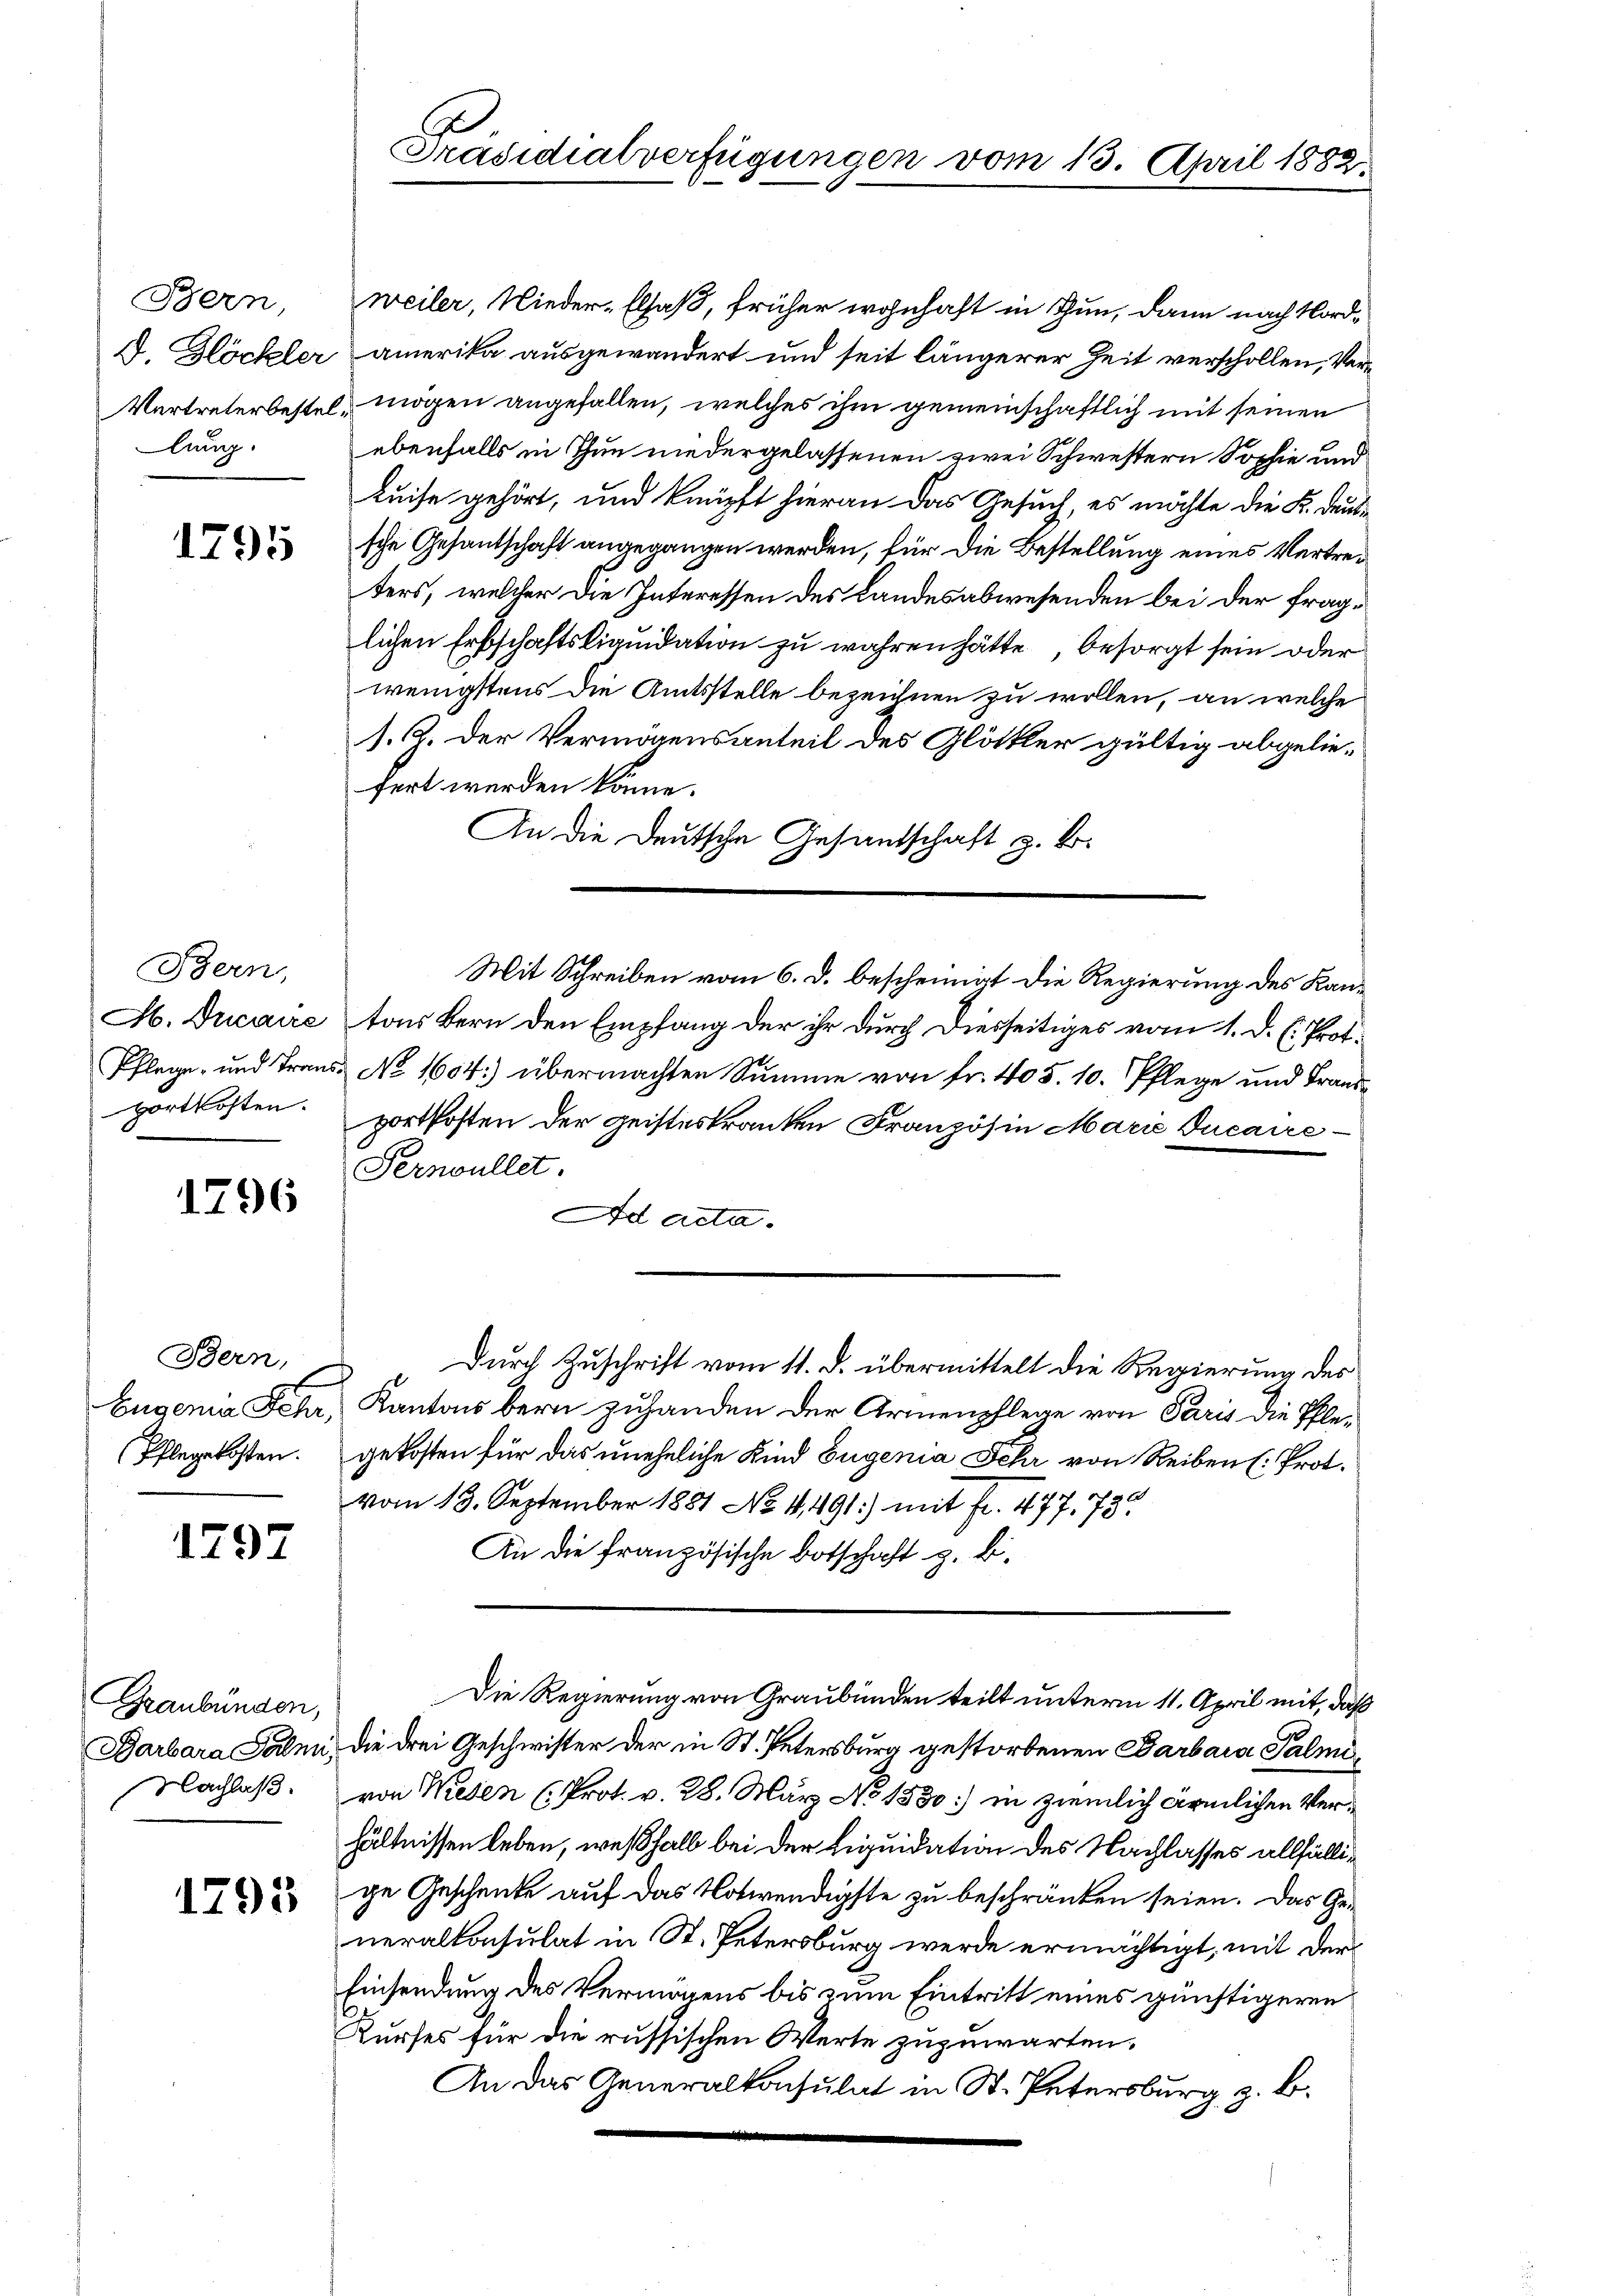
Bern,
lung.

1795

Bern,
portkosten.

1796

Bern,

1797

raubünden,
Nachlaß.

1795

weiler, Nieder-Elsaß, früher wohnhaft in Thun, dann nach Nord¬
D. Blöckler amerika ausgewandert und seit längerer Zeit verschollen, Ver¬
Vertreterbestel, mögen angefallen, welches ihm gemeinschaftlich mit seinen
ebenfalls in Thun niedergelassenen zwei Schwestern Sophie und
Luise gehört, und knüpft hieran das Gesuch, es möchte die K. Deutsche Gesandschaft angegangen werden, für die Bestellung eines Vertreters, welcher die Interessen des Landesabwesenden bei der fraglichen Erbschaftsliquidation zu wahren hätte, besorgt sein oder
wenigstens die Amtsstelle bezeichnen zu wollen, an welche
1. Z. der Vermögensanteil des Glättler gültig abgeliefert werden könne.
An die Deutsche Gesandschaft z. B.
H. Ducaire tons Bern den Empfang der ihr durch diesseitiges vom 1. d. h. Prot.
Pflege, und Traus No 1604:) übermachten Summe von fr. 405. 10. Pflege und Frandportkosten der geisteskranken Französin Marie Ducaire
Pernoullet.
Ad acta.
Durch Zuschrift vom 11. d. übermittelt die Regierung des
Eugenia Fehr, Kantons bern zuhanden der Armenpflege von Paris die Pfle¬
(Pflegekosten. gekosten für das uneheliche Kind Eugenia Fehr von Reiben (: Prot.
vom 13. September 1881 No 4,491) mit fr. 477, 73
An die französische Botschaft z. B.
Die Regierung von Graubünden teilt unterm 11. April mit, daß
Barbara Palmi, die drei Geschwister der in St. Petersburg gestorbenen Barbara Palmivon Wesen (Prot. v. 28. März No 1530) in ziemlich ärmlichen Verhältnissen leben, weßhalb bei der Liquidation des Nachlasses allfällige Geschenke auf das Notwendigste zu beschränken seien. Das Generalkonsulat in St. Petersburg werde ermächtigt, mit der
Einsendung des Vermögens bis zum Eintritt eines günstigeren
Kurses für die russischen Werte zuzuwarten.
An das Generalkonsulat in St. Petersburg z. B.

Präsidialverfügungen vom 13. April 1882

Mit Schreiben vom 6. d. bescheinigt die Regierung des Kan¬